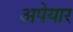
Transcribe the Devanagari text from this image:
अपेयार